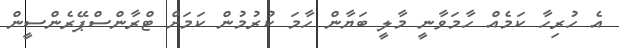
އެ ހުރިހާ ކަމެއް ހާމަވާނީ މާލީ ބަޔާން ހާމަ ކުރުމުން ކަމަށް ޓްރާންސްޕޭރެންސީން